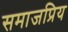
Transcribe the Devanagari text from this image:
समाजप्रिय